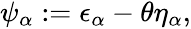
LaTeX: \begin{array}{r}{\psi_{\alpha}:=\epsilon_{\alpha}-\theta\eta_{\alpha},}\end{array}